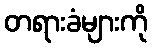
တရားခံများကို